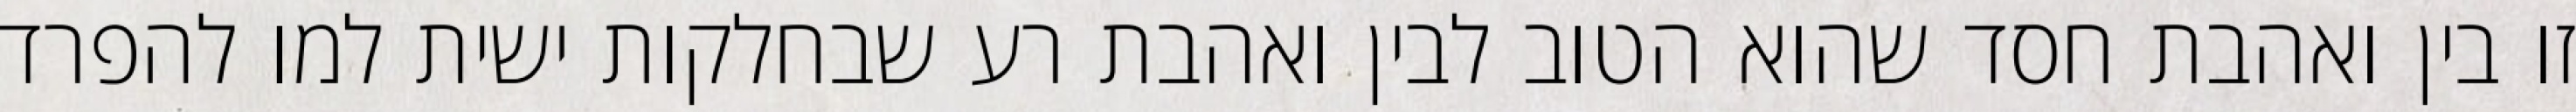
זו בין ואהבת חסד שהוא הטוב לבין ואהבת רע שבחלקות ישית למו להפרד